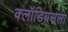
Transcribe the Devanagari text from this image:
क्लॉडियसला